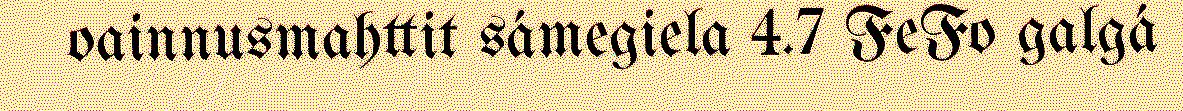
oainnusmahttit sámegiela 4.7 FeFo galgá